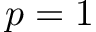
p = 1